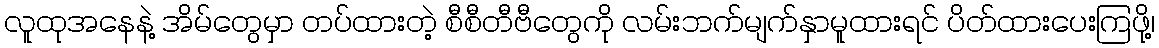
လူထုအနေနဲ့ အိမ်တွေမှာ တပ်ထားတဲ့ စီစီတီဗီတွေကို လမ်းဘက်မျက်နှာမူထားရင် ပိတ်ထားပေးကြဖို့၊